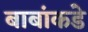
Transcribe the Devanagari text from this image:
बाबांकडे